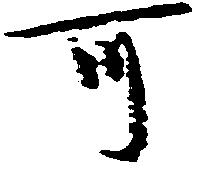
可